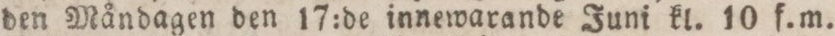
den Måndagen den 17:de innewarande Juni kl. 10 f. m.